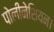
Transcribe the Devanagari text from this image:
पोलीनेशियन।